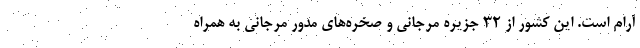
آرام است. این کشور از ۳۲ جزیره مرجانی و صخره‌های مدور مرجانی به همراه